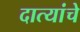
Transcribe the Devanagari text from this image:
दात्यांचे